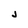
Character: j